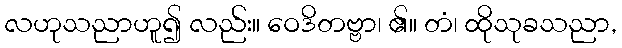
လဟုသညာဟူ၍ လည်း။ ဝေဒိတဗ္ဗာ၊ ၏။ တံ၊ ထိုသုခသညာ,